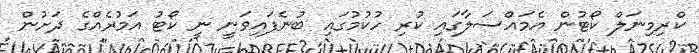
ކްރިމިނަލް ކޯޓުން އެމައްސަލާގައި ކުރި ހުކުމުގައި ބުނެފައިވަނީ ނީ ކޯޓު އަމުރެއްގެ ދަށުން